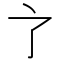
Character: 𬻺